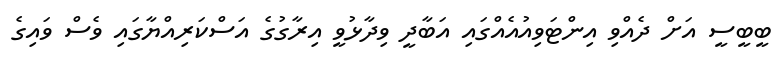
ބީބީސީ އަށް ދެއްވި އިންޓަވިއުއެއްގައި އަބާދީ ވިދާޅުވީ އިރާގުގެ އަސްކަރިއްޔާގައި ވެސް ވައިގެ